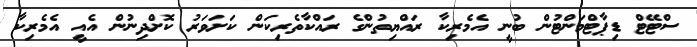
ސްޓޭޓް ޑިޕާޓްމަންޓުން ބުނީ އެމެރިކާ ރައްޔިތުންގެ ރައްކާތެރިކަން ކަށަވަރު ކޮށްދިނުން އެއީ އެމެރިކާ